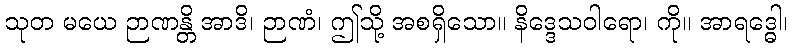
သုတ မယေ ဉာဏန္တိ အာဒိ၊ ဉာဏံ၊ ဤသို့ အစရှိသော။ နိဒ္ဒေသဝါရော၊ ကို။ အာရဒ္ဓေါ၊